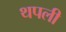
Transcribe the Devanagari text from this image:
थपली